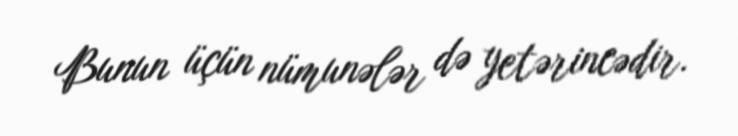
Bunun üçün nümunələr də yetərincədir.